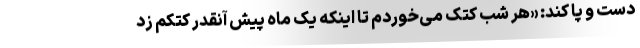
دست و پا کند: «هر شب کتک می‌خوردم تا اینکه یک ماه پیش آنقدر کتکم زد